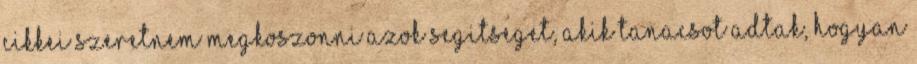
cikkei Szeretnem megkoszonni azok segitseget, akik tanacsot adtak, hogyan